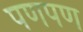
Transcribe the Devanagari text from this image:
पणपण